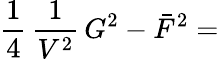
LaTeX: \frac{1}{4}\, \frac{1}{V^{2}}\, G^{2}-\bar{F}^{2}=